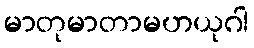
မာတုမာတာမဟယုဂါ